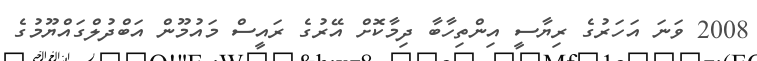
2008 ވަނަ އަހަރުގެ ރިޔާސީ އިންތިހާބާ ދިމާކޮށް އޭރުގެ ރައީސް މައުމޫން އަބްދުލްގައްޔޫމުގެ